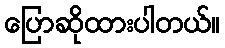
ပြောဆိုထားပါတယ်။